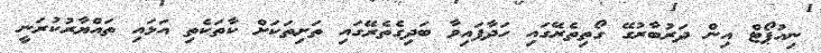
ނިއުޕޯޓް އިން ދަރުބާރުގޭ ގޯތިތެރޭގައި ހަދާފައިވާ ބަދިގެތެރޭގައި ތަށިތަކަށް ކާތަކެތި އަޅައި ތައްޔާރުކުރަނީ